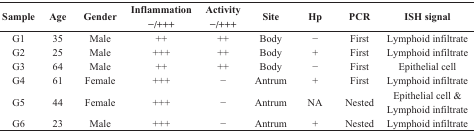
| Sample | Age | Gender | Inflammation −/+++ | Activity −/+++ | Site | Hp | PCR | ISH signal |
 | --- | --- | --- | --- | --- | --- | --- | --- | --- |
 | G1 | 35 | Male | ++ | ++ | Body | − | First | Lymphoid infiltrate |
 | G2 | 25 | Male | +++ | ++ | Body | + | First | Lymphoid infiltrate |
 | G3 | 64 | Male | ++ | ++ | Body | − | First | Epithelial cell |
 | G4 | 61 | Female | +++ | − | Antrum | + | First | Lymphoid infiltrate |
 | G5 | 44 | Female | +++ | − | Antrum | NA | Nested | Epithelial cell & Lymphoid infiltrate |
 | G6 | 23 | Male | +++ | − | Antrum | + | Nested | Lymphoid infiltrate |